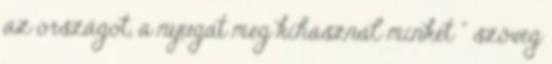
az országot, a nyugat meg kihasznál minket " szöveg